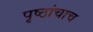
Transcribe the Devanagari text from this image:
पृष्ठांचाच